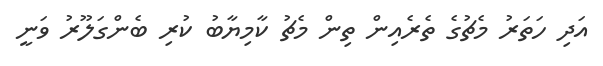
އަދި ހަތަރު މެޗުގެ ތެރެއިން ތިން މެޗު ކާމިޔާބު ކުރި ބެންގަލޫރު ވަނީ